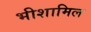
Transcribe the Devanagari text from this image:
भीशामिल